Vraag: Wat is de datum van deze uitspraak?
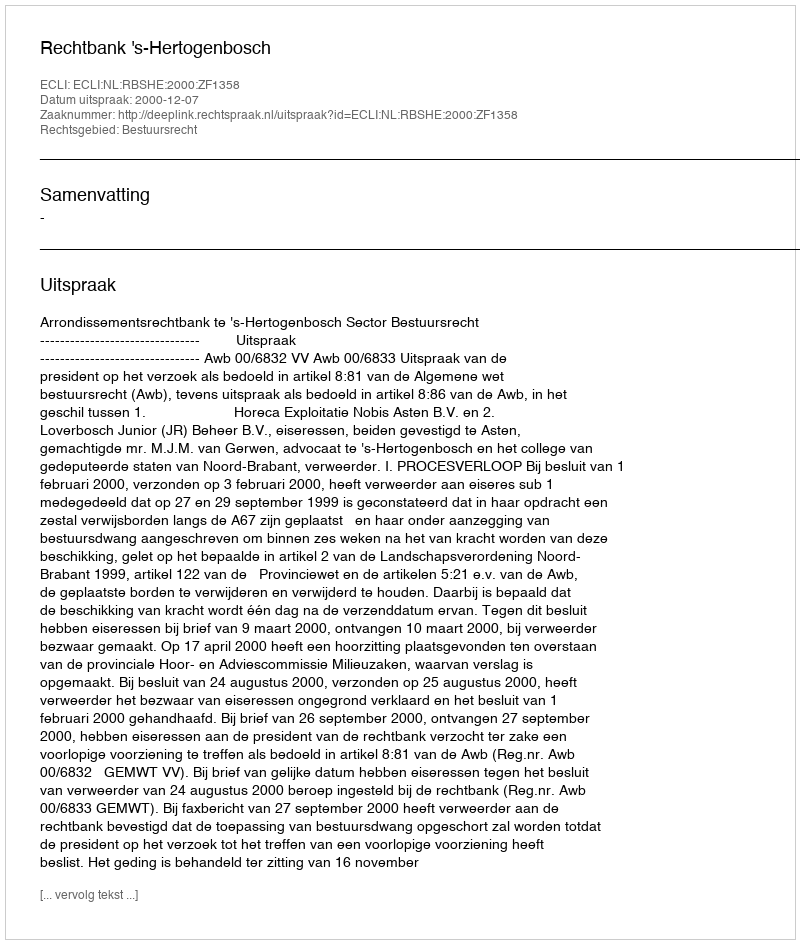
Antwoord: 2000-12-07